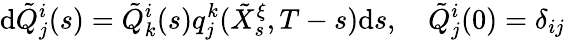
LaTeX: \textrm{d}\tilde{Q}_{j}^{i}(s)=\tilde{Q}_{k}^{i}(s)q_{j}^{k}(\tilde{X}_{s}^{\xi},T-s)\textrm{d}s,\quad\tilde{Q}_{j}^{i}(0)=\delta_{ij}